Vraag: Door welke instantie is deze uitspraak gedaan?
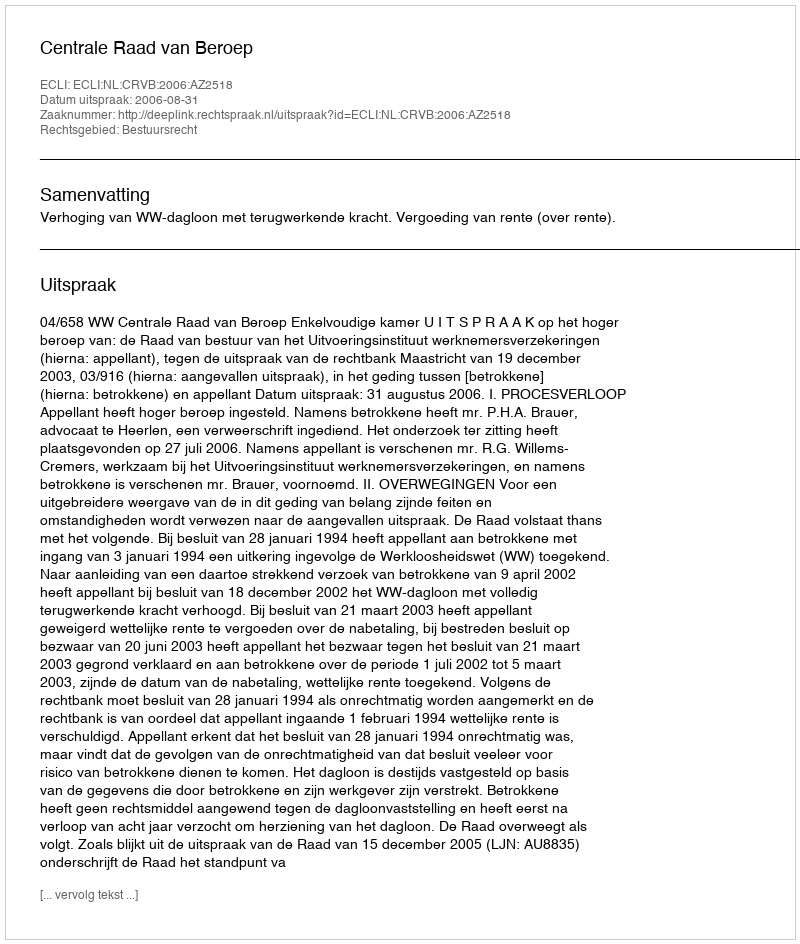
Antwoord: Centrale Raad van Beroep